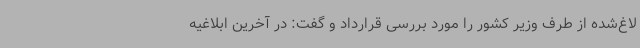
لاغ‌شده از طرف وزیر کشور را مورد بررسی قرارداد و گفت: در آخرین ابلاغیه